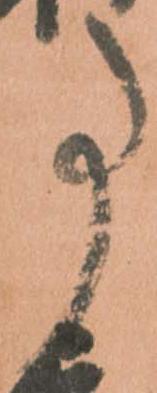
事